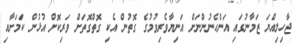
ޖާހިލިއްޔަ ޒަމާނުގައި އަންހެނުންނަށް އަނިޔާވެރިވުމުގެ ގޮތުން އެކި ގޮތްގޮތަށް ވަރިކޮށް އުޅުން ކަމަށާއި